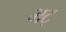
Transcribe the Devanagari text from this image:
भट्